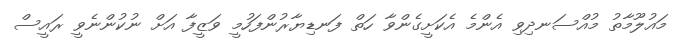
މައުލޫމާތު މުއްސަނދިވި އެންމެ އެކަށީގެންވާ ހަތް ފަނޑިޔާރުންފަހުމީ ވަޒީފާ އަށް ނުކުންނެވީ ރައީސް